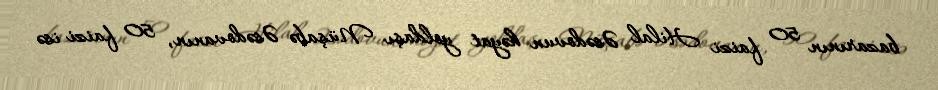
bazarının 50 faizi Hilal Əsədovun həyat yoldaşı Nüşabə Əsədovanın, 50 faizi isə